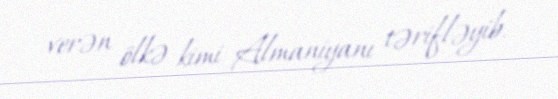
verən ölkə kimi Almaniyanı tərifləyib.